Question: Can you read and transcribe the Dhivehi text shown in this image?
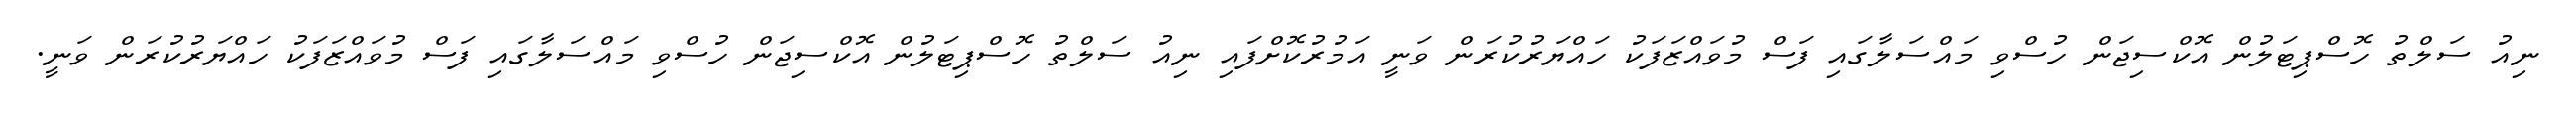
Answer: ނިއު ސަލްތު ހޮސްޕިޓަލުން އޮކްސިޖަން ހުސްވި މައްސަލާގައި ފަސް މުވައްޒަފަކު ހައްޔަރުކުރަން ވަނީ އަމުރުކޮށްފައި ނިއު ސަލްތު ހޮސްޕިޓަލުން އޮކްސިޖަން ހުސްވި މައްސަލާގައި ފަސް މުވައްޒަފަކު ހައްޔަރުކުރަން ވަނީ.